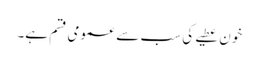
خون عطیے کی سب سے عمومی قسم ہے۔